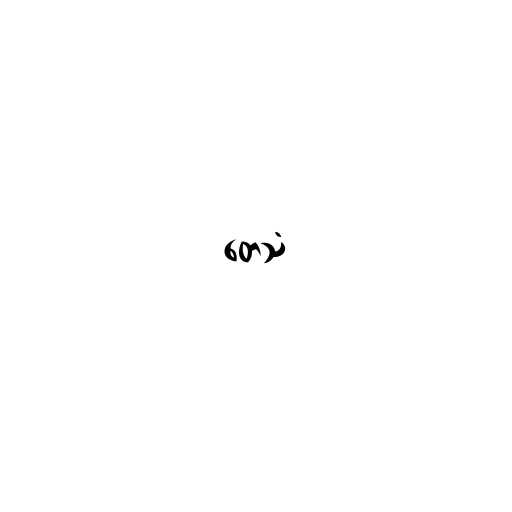
တေသံ